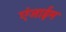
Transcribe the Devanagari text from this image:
एंजाईम